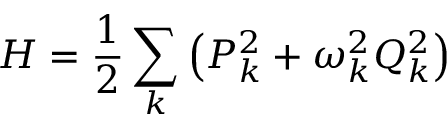
H = \frac { 1 } { 2 } \sum _ { k } \left( P _ { k } ^ { 2 } + \omega _ { k } ^ { 2 } Q _ { k } ^ { 2 } \right)